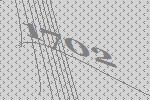
1702